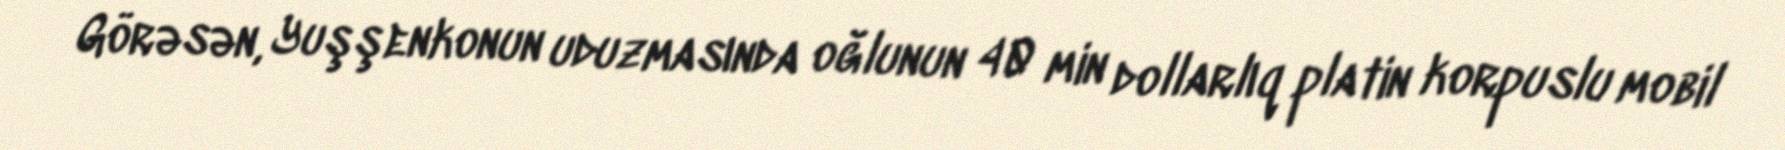
Görəsən, Yuşşenkonun uduzmasında oğlunun 40 min dollarlıq platin korpuslu mobil